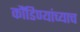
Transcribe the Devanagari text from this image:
कौंडिण्यांच्याच